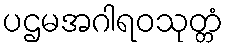
ပဌမအဂါရဝသုတ္တံ